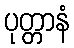
ပုတ္တာနံ